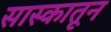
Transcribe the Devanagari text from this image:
सास्कातून